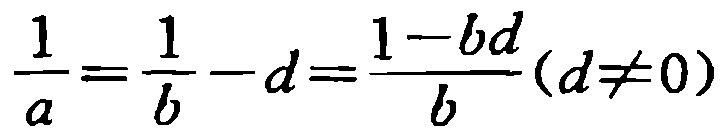
$\frac{1}{a}=\frac{1}{b}-d=\frac{1 - bd}{b}(d\neq0)$